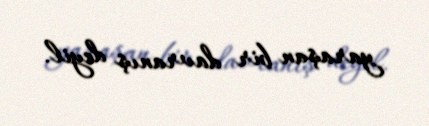
yaraşan bir davranış deyil.